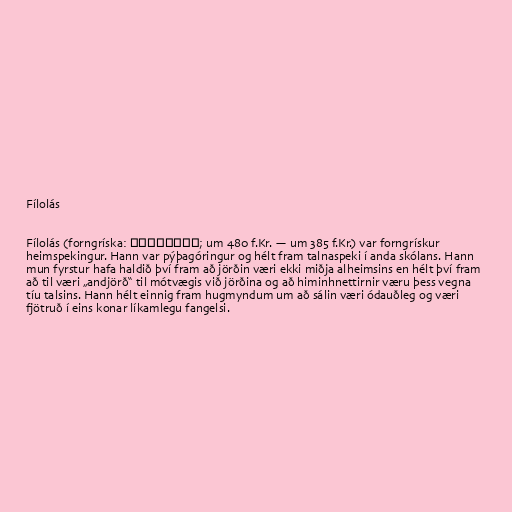
Fílolás

Fílolás (forngríska: Φιλόλαος; um 480 f.Kr. — um 385 f.Kr.) var forngrískur
heimspekingur. Hann var pýþagóringur og hélt fram talnaspeki í anda skólans. Hann
mun fyrstur hafa haldið því fram að jörðin væri ekki miðja alheimsins en hélt því fram
að til væri „andjörð“ til mótvægis við jörðina og að himinhnettirnir væru þess vegna
tíu talsins. Hann hélt einnig fram hugmyndum um að sálin væri ódauðleg og væri
fjötruð í eins konar líkamlegu fangelsi.